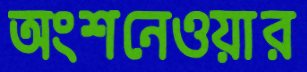
অংশনেওয়ার